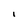
Character: l